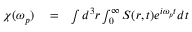
\begin{array} { r l r } { \chi ( \omega _ { p } ) } & { { } = } & { \int d ^ { 3 } \boldsymbol r \int _ { 0 } ^ { \infty } S ( r , t ) e ^ { i \omega _ { p } t } d t } \end{array}